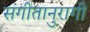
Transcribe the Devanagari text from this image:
संगीतानुरागी